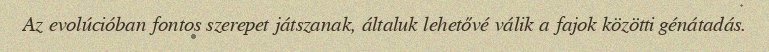
Az evolúcióban fontos szerepet játszanak, általuk lehetővé válik a fajok közötti génátadás.